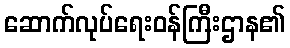
ဆောက်လုပ်ရေးဝန်ကြီးဌာန၏